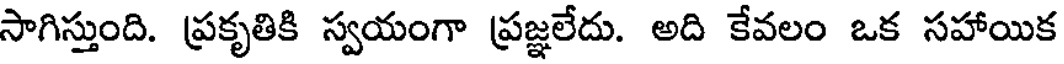
సాగిస్తుంది. ప్రకృతికి స్వయంగా ప్రజ్ఞలేదు. అది కేవలం ఒక సహాయిక